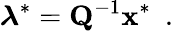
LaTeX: \boldsymbol{\lambda}^{*}=\mathbf{Q}^{-1}\mathbf{x}^{*}\ \mathrm{~.~}